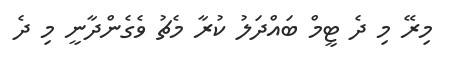
މިރޭ މި ދެ ޓީމް ބައްދަލު ކުރާ މެޗު ވެގެންދާނީ މި ދެ